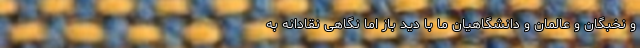
و نخبگان و عالمان و دانشگاهیان ما با دید باز اما نگاهی نقادانه به